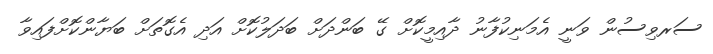
ސަރވިސުން ވަނީ އެމަނިކުފާނު ދާއިމީކޮށް ގޭ ބަންދަށް ބަދަލުކޮށް އަދި އެގޮތަށް ބަޔާންކޮށްފައިވާ